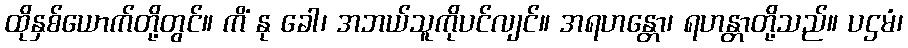
ထိုနှစ်ယောက်တို့တွင်။ ကိံ နု ခေါ၊ အဘယ်သူကိုပင်လျင်။ အရဟန္တော၊ ရဟန္တာတို့သည်။ ပဌမံ၊